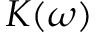
K ( \omega )